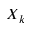
X _ { k }